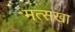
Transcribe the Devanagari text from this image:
मत्सखा